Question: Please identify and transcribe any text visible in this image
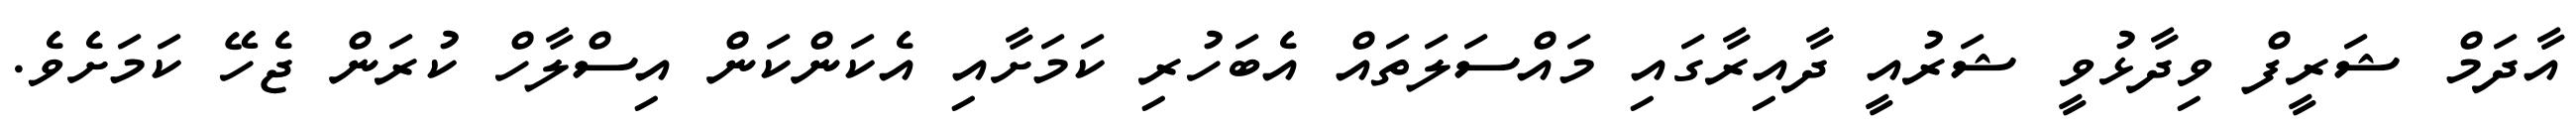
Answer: އާދަމް ޝަރީފް ވިދާޅުވީ ޝަރުއީ ދާއިރާގައި މައްސަލަތައް އެބަހުރި ކަމަށާއި އެކަންކަން އިސްލާހް ކުރަން ޖެހޭ ކަމަށެވެ.